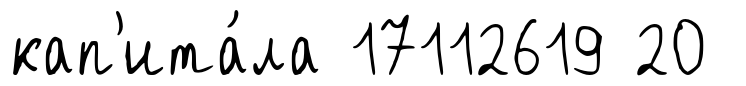
кап'ита́ла 17112619 20